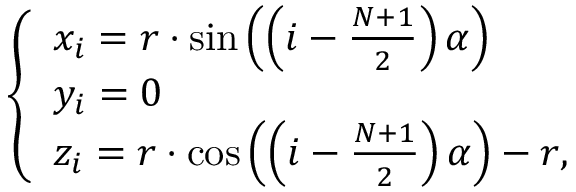
\left\{ \begin{array} { l l } { x _ { i } = r \cdot \sin \left( \left( i - \frac { N + 1 } { 2 } \right) \alpha \right) } \\ { y _ { i } = 0 } \\ { z _ { i } = r \cdot \cos \left( \left( i - \frac { N + 1 } { 2 } \right) \alpha \right) - r , } \end{array} \right.